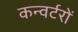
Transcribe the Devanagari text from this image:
कन्वर्टरों